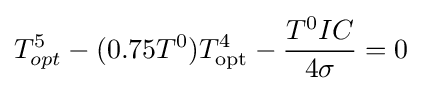
T_{opt}^{5}-(0.75T^{0})T_{\mathrm {opt} }^{4}-{\frac {T^{0}IC}{4\sigma }}=0